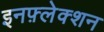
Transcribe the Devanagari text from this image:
इनफ़्लेक्शन